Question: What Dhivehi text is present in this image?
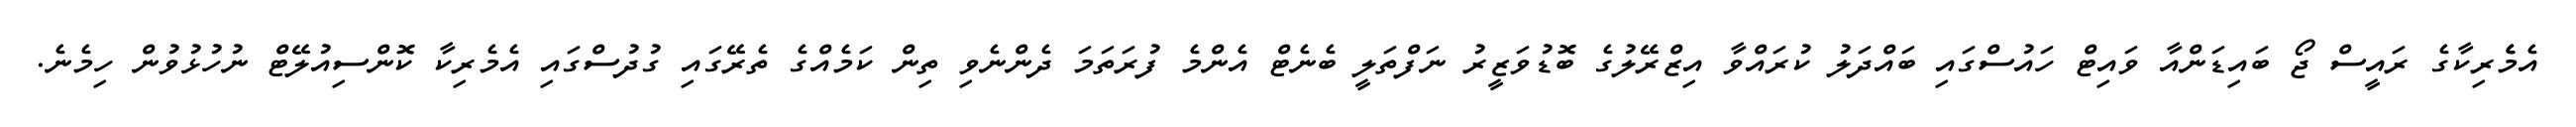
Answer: އެމެެރިކާގެ ރައީސް ޖޯ ބައިޑަންއާ ވައިޓް ހައުސްގައި ބައްދަލު ކުރައްވާ އިޒްރޭލުގެ ބޮޑުވަޒީރު ނަފްތަލީ ބެނެޓް އެންމެ ފުރަތަމަ ދެންނެވި ތިން ކަމެއްގެ ތެރޭގައި ގުދުސްގައި އެމެރިކާ ކޮންސިއުލޭޓް ނުހުޅުވުން ހިމެނެ.